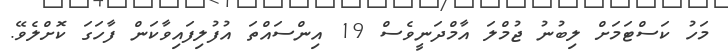
މަހު ކަސްޓަމަށް ލިބުނު ޖުމްލަ އާމްދަނީވެސް 19 އިންސައްތަ އުފުލިފައިވާކަން ފާހަގަ ކޮށްލެވޭ.